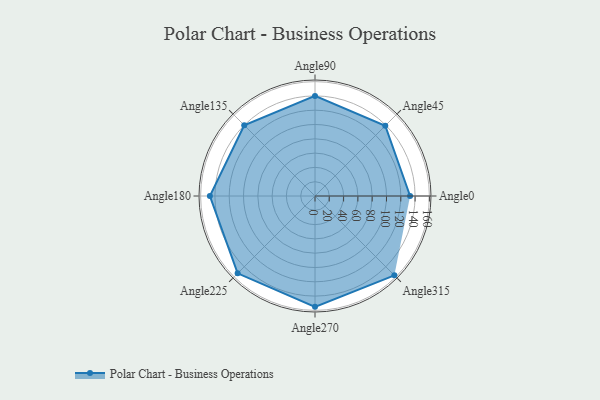
{"axis": {"x": "Angle", "y": "Radius"}, "legend": [""], "data": [{"x": "Angle0", "y": 133.0, "type": ""}, {"x": "Angle45", "y": 139.0, "type": ""}, {"x": "Angle90", "y": 140.0, "type": ""}, {"x": "Angle135", "y": 140.0, "type": ""}, {"x": "Angle180", "y": 147.0, "type": ""}, {"x": "Angle225", "y": 153.0, "type": ""}, {"x": "Angle270", "y": 155.0, "type": ""}, {"x": "Angle315", "y": 157.0, "type": ""}]}